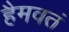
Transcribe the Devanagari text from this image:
हैमवतं